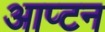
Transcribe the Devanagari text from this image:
आप्टन